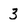
Character: 3